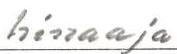
hinaaja